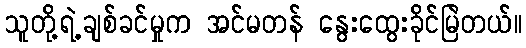
သူတို့ရဲ့ချစ်ခင်မှုက အင်မတန် နွေးထွေးခိုင်မြဲတယ်။